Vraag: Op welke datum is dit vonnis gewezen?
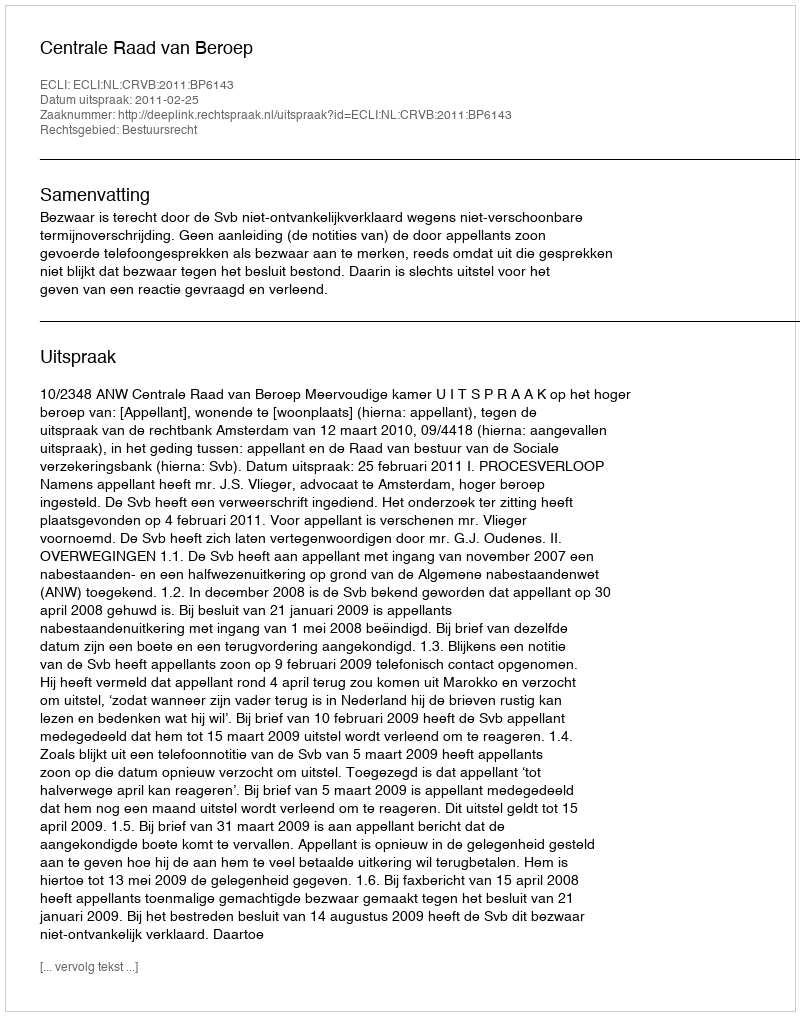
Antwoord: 2011-02-25